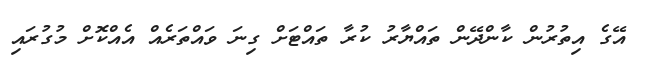
އޭގެ އިތުރުން ކާންދޭން ތައްޔާރު ކުރާ ތައްޓަށް ގިނަ ވައްތަރެއް އެއްކޮށް މުގުރައި